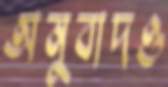
অনুবাদও